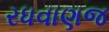
રધવાણજ